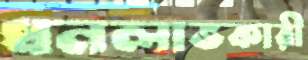
ধনলাভকারী